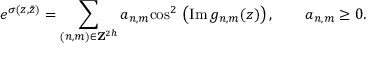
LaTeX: e ^ { \sigma ( z , \bar { z } ) } = \sum _ { ( { n , m } ) \in { \bf Z } ^ { 2 h } } a _ { n , m } \mathrm { c o s } ^ { 2 } \, \left( \mathrm { I m } \, g _ { n , m } ( z ) \right) , \qquad a _ { n , m } \ge 0 .